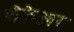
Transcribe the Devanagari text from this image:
पीकेआर